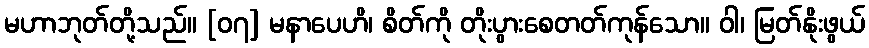
မဟာဘုတ်တို့သည်။ [၀၇] မနာပေဟိ၊ စိတ်ကို တိုးပွားစေတတ်ကုန်သော။ ဝါ၊ မြတ်နိုးဖွယ်